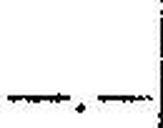
—.—